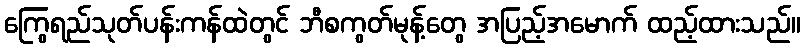
ကြွေရည်သုတ်ပန်းကန်ထဲတွင် ဘီစကွတ်မုန့်တွေ အပြည့်အမောက် ထည့်ထားသည်။